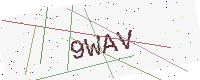
Text: 9WAV